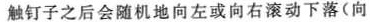
触钉子之后会随机地向左或向右滚动下落(向